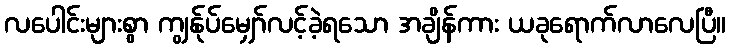
လပေါင်းများစွာ ကျွန်ုပ်မျှော်လင့်ခဲ့ရသော အချိန်ကား ယခုရောက်လာလေပြီ။